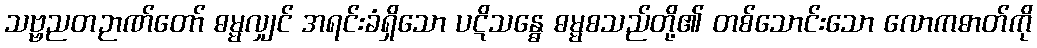
သဗ္ဗညတဉာဏ်တော် ဓမ္မလျှင် အရင်းခံရှိသော ပဋိသန္ဓေ ဓမ္မစသည်တို့၏ တစ်သောင်းသော လောကဓာတ်ကို